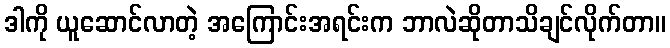
ဒါကို ယူဆောင်လာတဲ့ အကြောင်းအရင်းက ဘာလဲဆိုတာသိချင်လိုက်တာ။